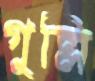
গুল্লি